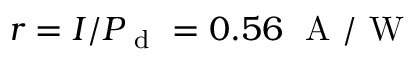
r = I / P _ { \mathrm { ~ d ~ } } = 0 . 5 6 ~ \mathrm { ~ A ~ / ~ W ~ }